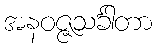
အနဝဇ္ဇသင်္ခါတာ